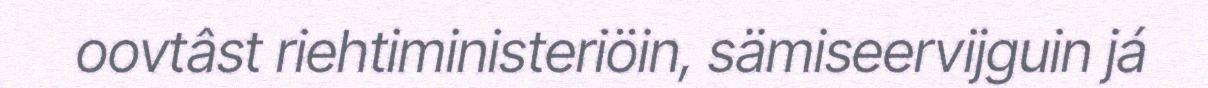
oovtâst riehtiministeriöin, sämiseervijguin já